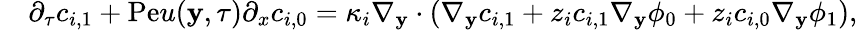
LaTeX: \begin{array}{rl}&{\partial_{\tau}c_{i,1}+\mathrm{Pe}u(\mathbf{y},\tau)\partial_{x}c_{i,0}=\kappa_{i}\nabla_{\mathbf{y}}\cdot\left(\nabla_{\mathbf{y}}c_{i,1}+z_{i}c_{i,1}\nabla_{\mathbf{y}}\phi_{0}+z_{i}c_{i,0}\nabla_{\mathbf{y}}\phi_{1}\right),}\end{array}